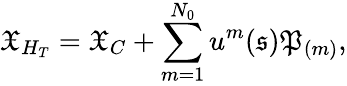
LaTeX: \mathfrak{X}_{H_{T}}=\mathfrak{X}_{C}+\sum_{m=1}^{N_{0}}u^{m}(\mathfrak{s})\mathfrak{P}_{(m)},